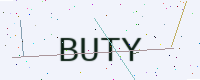
Text: BUTY